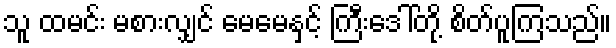
သူ ထမင်း မစားလျှင် မေမေနှင့် ကြီးဒေါ်တို့ စိတ်ပူကြသည်။